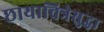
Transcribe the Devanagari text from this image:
छायाचित्रेसुद्धा